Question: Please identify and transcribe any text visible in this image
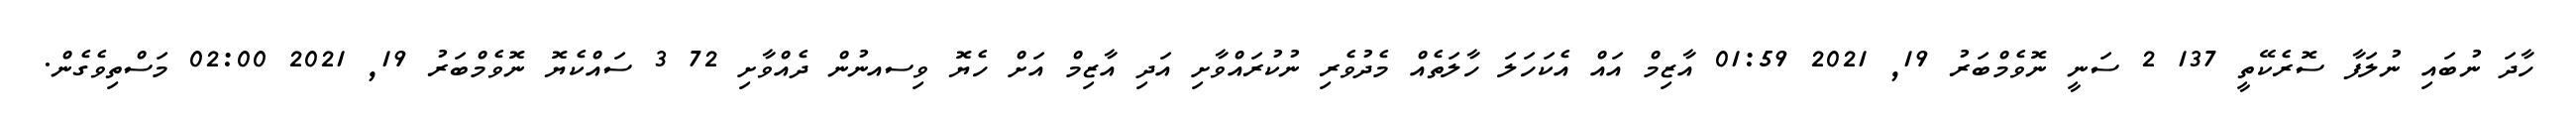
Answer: ހާދަ ނުބައި ނުލަފާ ސޮރެކޭތީ 137 2 ސަނީ ނޮވެމްބަރު 19, 2021 01:59 އާޒިމް އައް އެކަހަލަ ހާލަތެއް މެދުވެރި ނުކުރައްވާށި އަދި އާޒިމް އަށް ހެޔޮ ވިސއނުން ދެއްވާށި 72 3 ސައްކެޔޮ ނޮވެމްބަރު 19, 2021 02:00 މަސްތިވެގެން.